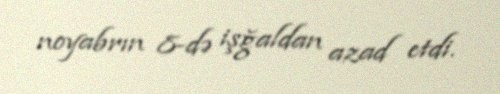
noyabrın 8-də işğaldan azad etdi.